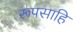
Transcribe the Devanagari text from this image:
रूपसाहि